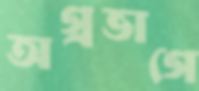
অগ্রভাগে